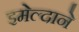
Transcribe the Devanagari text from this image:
इमेल्दाने